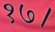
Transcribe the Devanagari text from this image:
१७।